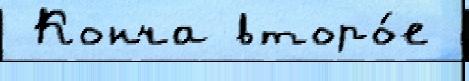
 Конча второ́е